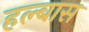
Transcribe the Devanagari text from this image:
हल्बास